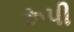
રૂપી